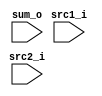
module Adder(
             input  [32-1:0] src1_i,
	         input  [32-1:0] src2_i,
	         input [32-1:0] sum_o
	         );

assign sum_o = src1_i + src2_i;

endmodule